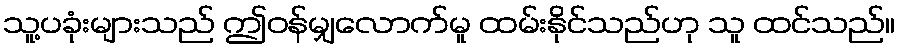
သူ့ပခုံးများသည် ဤဝန်မျှလောက်မူ ထမ်းနိုင်သည်ဟု သူ ထင်သည်။